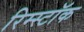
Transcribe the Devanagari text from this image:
रिम्स्टॉक